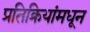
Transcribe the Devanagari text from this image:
प्रतिक्रियांमधून